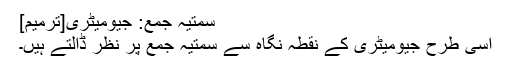
سمتیہ جمع: جیومیٹری[ترمیم]
اسی طرح جیومیٹری کے نقطہ نگاہ سے سمتیہ جمع پر نظر ڈالتے ہیں۔